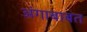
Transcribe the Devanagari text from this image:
अंगाबाबत